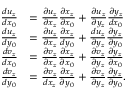
\begin{array} { r l } { \frac { d u _ { z } } { d x _ { 0 } } } & { = \frac { \partial u _ { z } } { \partial x _ { z } } \frac { \partial x _ { z } } { \partial x _ { 0 } } + \frac { \partial u _ { z } } { \partial y _ { z } } \frac { \partial y _ { z } } { d x _ { 0 } } } \\ { \frac { d u _ { z } } { d y _ { 0 } } } & { = \frac { \partial u _ { z } } { \partial x _ { z } } \frac { \partial x _ { z } } { d y _ { 0 } } + \frac { d u _ { z } } { \partial y _ { z } } \frac { \partial y _ { z } } { \partial y _ { 0 } } } \\ { \frac { d v _ { z } } { d x _ { 0 } } } & { = \frac { \partial v _ { z } } { \partial x _ { z } } \frac { \partial x _ { z } } { \partial x _ { 0 } } + \frac { \partial v _ { z } } { \partial y _ { z } } \frac { \partial y _ { z } } { \partial x _ { 0 } } } \\ { \frac { d v _ { z } } { d y _ { 0 } } } & { = \frac { \partial v _ { z } } { d x _ { z } } \frac { \partial x _ { z } } { \partial y _ { 0 } } + \frac { \partial v _ { z } } { \partial y _ { z } } \frac { \partial y _ { z } } { \partial y _ { 0 } } . } \end{array}